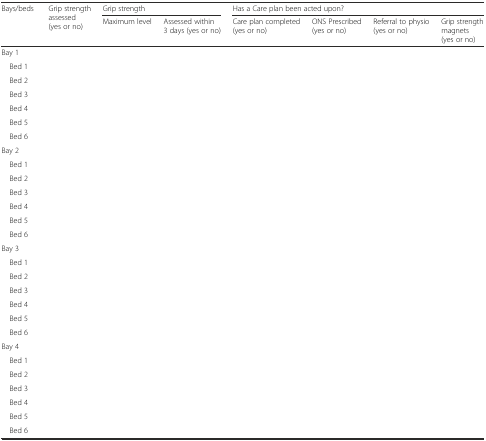
| <ROWSPAN=2> Bays/beds | <ROWSPAN=2> Grip strength assessed (yes or no) | <COLSPAN=2> Grip strength | <COLSPAN=4> Has a Care plan been acted upon? |
 | Maximum level | Assessed within 3 days (yes or no) | Care plan completed (yes or no) | ONS Prescribed (yes or no) | Referral to physio (yes or no) | Grip strength magnets (yes or no) |
 | --- | --- | --- | --- | --- | --- | --- | --- |
 | Bay 1 |  |  |  |  |  |  |  |
 | Bed 1 |  |  |  |  |  |  |  |
 | Bed 2 |  |  |  |  |  |  |  |
 | Bed 3 |  |  |  |  |  |  |  |
 | Bed 4 |  |  |  |  |  |  |  |
 | Bed 5 |  |  |  |  |  |  |  |
 | Bed 6 |  |  |  |  |  |  |  |
 | Bay 2 |  |  |  |  |  |  |  |
 | Bed 1 |  |  |  |  |  |  |  |
 | Bed 2 |  |  |  |  |  |  |  |
 | Bed 3 |  |  |  |  |  |  |  |
 | Bed 4 |  |  |  |  |  |  |  |
 | Bed 5 |  |  |  |  |  |  |  |
 | Bed 6 |  |  |  |  |  |  |  |
 | Bay 3 |  |  |  |  |  |  |  |
 | Bed 1 |  |  |  |  |  |  |  |
 | Bed 2 |  |  |  |  |  |  |  |
 | Bed 3 |  |  |  |  |  |  |  |
 | Bed 4 |  |  |  |  |  |  |  |
 | Bed 5 |  |  |  |  |  |  |  |
 | Bed 6 |  |  |  |  |  |  |  |
 | Bay 4 |  |  |  |  |  |  |  |
 | Bed 1 |  |  |  |  |  |  |  |
 | Bed 2 |  |  |  |  |  |  |  |
 | Bed 3 |  |  |  |  |  |  |  |
 | Bed 4 |  |  |  |  |  |  |  |
 | Bed 5 |  |  |  |  |  |  |  |
 | Bed 6 |  |  |  |  |  |  |  |